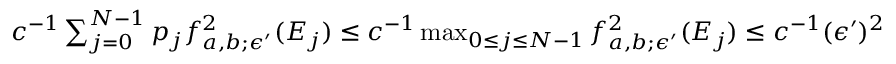
\begin{array} { r } { c ^ { - 1 } \sum _ { j = 0 } ^ { N - 1 } p _ { j } f _ { a , b ; \epsilon ^ { \prime } } ^ { 2 } ( E _ { j } ) \le c ^ { - 1 } \operatorname* { m a x } _ { 0 \le j \le N - 1 } f _ { a , b ; \epsilon ^ { \prime } } ^ { 2 } ( E _ { j } ) \le c ^ { - 1 } ( \epsilon ^ { \prime } ) ^ { 2 } \le 0 . 1 c ^ { - 1 } \eta . } \end{array}